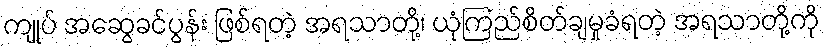
ကျုပ် အဆွေခင်ပွန်း ဖြစ်ရတဲ့ အရသာတို့၊ ယုံကြည်စိတ်ချမှုခံရတဲ့ အရသာတို့ကို